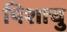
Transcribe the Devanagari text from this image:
पिशाचु